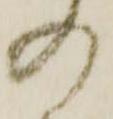
の